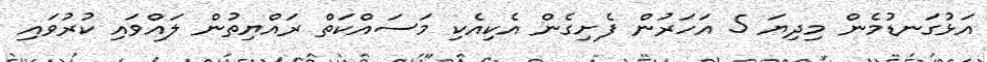
އަޅުގަނޑުމެން މިދިޔަ 5 އަހަރުން ފެށިގެން އެކިއެކި މަސައްކަތް ރައްޔިތުން ލައްވައި ކުރުވައި